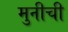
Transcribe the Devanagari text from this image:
मुनीची